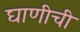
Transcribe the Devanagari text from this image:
घाणीची